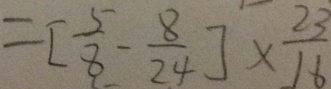
= [ \frac { 5 } { 8 } - \frac { 8 } { 2 4 } ] \times \frac { 2 3 } { 1 6 }